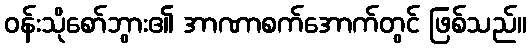
ဝန်းသိုစော်ဘွား၏ အာဏာစက်အောက်တွင် ဖြစ်သည်။